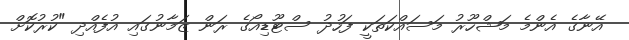
އޭނާގެ އެންމެ މަޝްހޫރު މަސައްކަތަކީ ފަހުދު ސްޓޫޑިއޯގެ ރަން ޒަމާނުގައި އުފެއްދި "ކުރުކޮށް